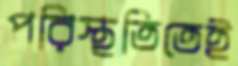
পরিস্থতিতেই